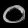
Digit: ၀